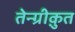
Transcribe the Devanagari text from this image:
तेन्ग्रीक़ुत